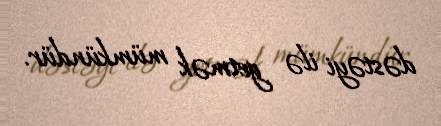
dəstəyi ilə getmək mümkündür.